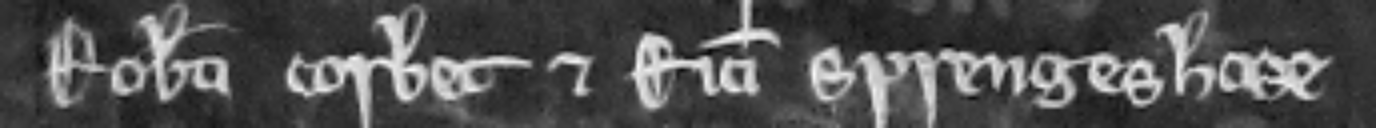
Roberti Corbet et Ricardi Sprengehose.